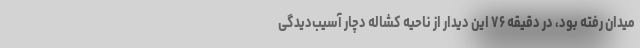
میدان رفته بود، در دقیقه ٧۶ این دیدار از ناحیه کشاله دچار آسیب‌دیدگی